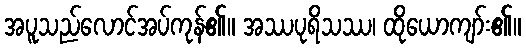
အပူသည်လောင်အပ်ကုန်၏။ အဿပုရိသဿ၊ ထိုယောကျာ်း၏။